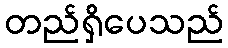
တည်ရှိပေသည်